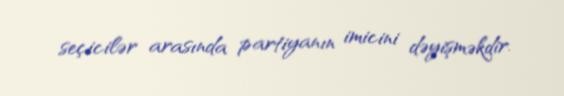
seçicilər arasında partiyanın imicini dəyişməkdir.